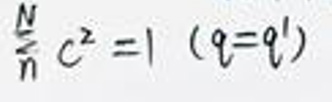
$\underset{n}{\overset{N}{\sum}} c^{2}=1 \ (q = q')$